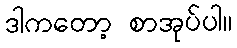
ဒါကတော့ စာအုပ်ပါ။